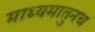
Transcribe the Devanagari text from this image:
माध्यमातुनच